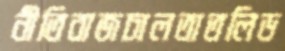
নীতিবাজচালতাতলিড